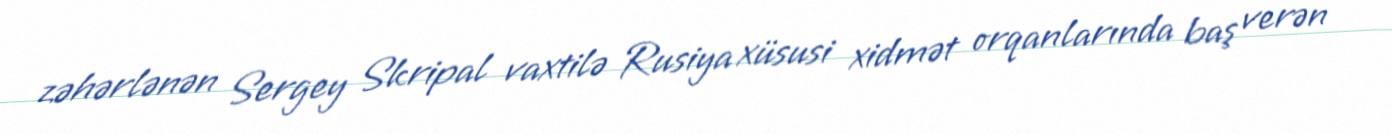
zəhərlənən Sergey Skripal vaxtilə Rusiya xüsusi xidmət orqanlarında baş verən